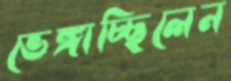
ভেঙ্গাচ্ছিলেন